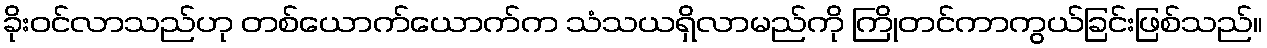
ခိုးဝင်လာသည်ဟု တစ်ယောက်ယောက်က သံသယရှိလာမည်ကို ကြိုတင်ကာကွယ်ခြင်းဖြစ်သည်။